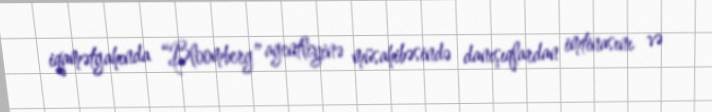
iqamətgahında “Bloomberg” agentliyinə müsahibəsində danışıqlardan imtinasını və